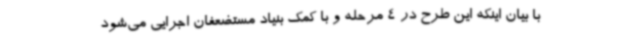
با بیان اینکه این طرح در 4 مرحله و با کمک بنیاد مستضعفان اجرایی می‌شود